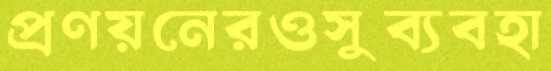
প্রণয়নেরওসুব্যবহা